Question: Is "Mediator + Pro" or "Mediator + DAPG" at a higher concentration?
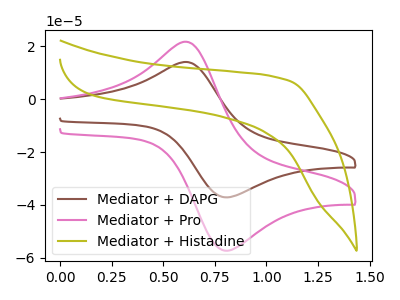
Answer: <think>The brown curve "Mediator + DAPG" has an anodic peak at (0.65V, 13.85uA) and a cathodic peak at (0.80V, -37.10uA). The pink curve "Mediator + Pro" has an anodic peak at (0.65V, 21.40uA) and a cathodic peak at (0.80V, -57.25uA). The olive curve "Mediator + Histadine" has no peaks.
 All the peaks in "Mediator + Pro" have a peak in "Mediator + DAPG" at the same potential. Every peak in "Mediator + Pro" is higher than every peak in "Mediator + DAPG".</think>
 <answer>"Mediator + Pro" has more signal than "Mediator + DAPG" and so likely has a higher concentration.</answer>
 <eval>more_concentration</eval>